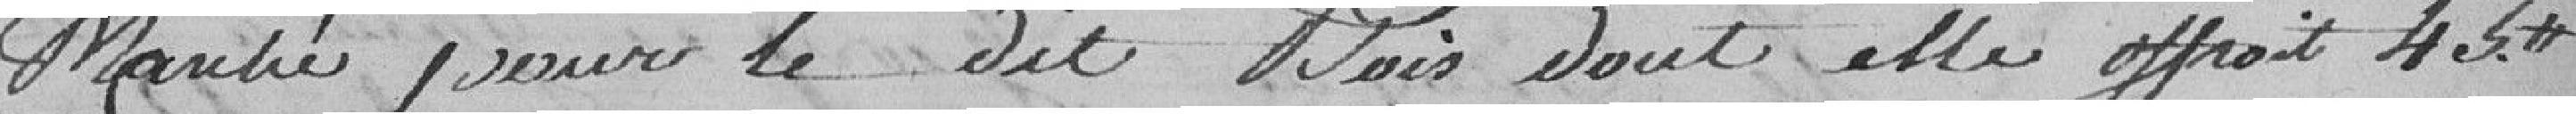
marché pour le dit Mois, dont elle offrait 45.00